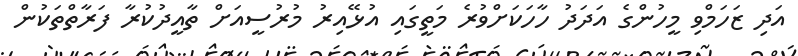
އަދި ޒަހަމްވި މީހުންގެ އަދަދު ހާހަކަށްވުރެ މަތީގައި އުޅޭއިރު މުރުސީއަށް ތާއީދުކުރާ ފަރާތްތަކުން